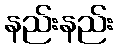
နည်းနည်း